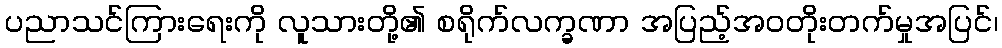
ပညာသင်ကြားရေးကို လူသားတို့၏ စရိုက်လက္ခဏာ အပြည့်အဝတိုးတက်မှုအပြင်၊